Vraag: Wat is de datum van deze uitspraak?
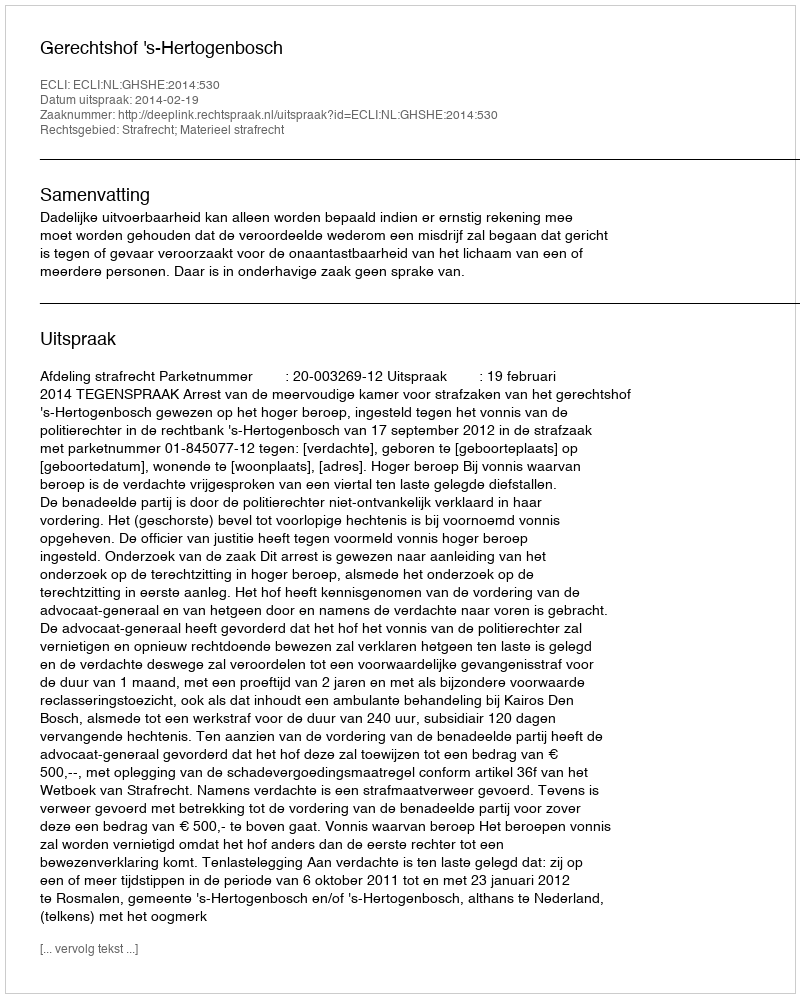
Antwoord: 2014-02-19